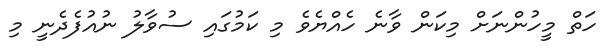
ހަތް މީހުންނަށް މިކަން ވާނެ ހެއްޔެވެ މި ކަމުގައި ސުވާލު ނުއުފެދެނީ މި